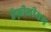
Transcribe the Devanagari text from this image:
हैग्नीशीयम